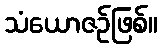
သံယောဇဉ်ဖြစ်။